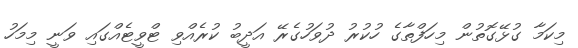
މިކަމާ ގުޅޭގޮތުން މިހަފްތާގެ ހުކުރު ދުވަހުގެރޭ އަދީބު ކުރެއްވި ޓްވީޓެއްގައި ވަނީ މިމަހު